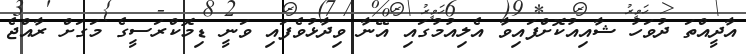
އާދީއްތަ ދުވަހު ޝާއިއުކޮށްފައިވާ އެލިއުމުގައި އޭނާ ވިދާޅުވެފައި ވަނީ ޑިމޮކްރަސީގެ މަގަށް ރާއްޖެ